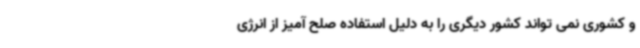
و کشوری نمی تواند کشور دیگری را به دلیل استفاده صلح آمیز از انرژی